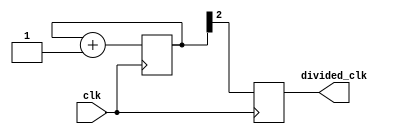
module RippleCounterClockDivider (
    input wire clk,       // Master clock input
    output reg divided_clk // Divided clock output
);

reg [2:0] cnt = 3'b000; // Counter to divide clock

always @(posedge clk) begin
    cnt <= cnt + 1; // Increment counter on each clock cycle
    divided_clk <= cnt[2]; // Output divided clock signal
end

endmodule